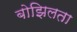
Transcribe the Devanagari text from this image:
बोझिलता